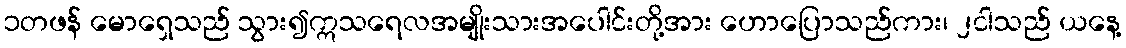
၁တဖန် မောရှေသည် သွား၍ဣသရေလအမျိုးသားအပေါင်းတို့အား ဟောပြောသည်ကား၊ ၂ငါသည် ယနေ့